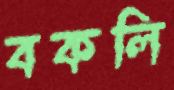
বকলি